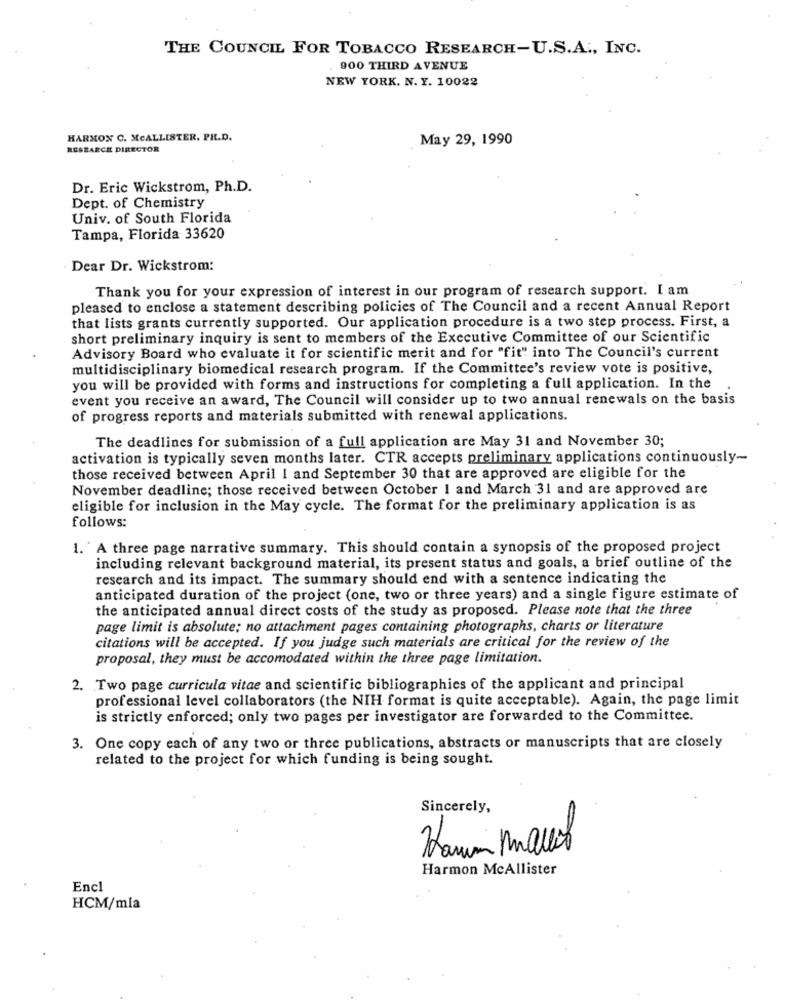
THE COUNCIL FOR TOBACCO RESEARCH-U.S.A ., INC.
. 900 THIRD AVENUE
NEW YORK. N. Y. 10022
HARMON C. MCALLISTER. PH.D.
May 29, 1990
RESEARCH DIRECTOR
Dr. Eric Wickstrom, Ph.D.
Dept. of Chemistry
Univ. of South Florida
Tampa, Florida 33620
Dear Dr. Wickstrom:
Thank you for your expression of interest in our program of research support. I am
pleased to enclose a statement describing policies of The Council and a recent Annual Report
that lists grants currently supported. Our application procedure is a two step process. First, a
short preliminary inquiry is sent to members of the Executive Committee of our Scientific
Advisory Board who evaluate it for scientific merit and for "fit" into The Council's current
multidisciplinary biomedical research program. If the Committee's review vote is positive,
you will be provided with forms and instructions for completing a full application. In the
event you receive an award, The Council will consider up to two annual renewals on the basis
of progress reports and materials submitted with renewal applications.
The deadlines for submission of a full application are May 31 and November 30;
activation is typically seven months later. CTR accepts preliminary applications continuously-
those received between April I and September 30 that are approved are eligible for the
November deadline; those received between October 1 and March 31 and are approved are
eligible for inclusion in the May cycle. The format for the preliminary application is as
follows:
1. A three page narrative summary. This should contain a synopsis of the proposed project
including relevant background material, its present status and goals, a brief outline of the
research and its impact. The summary should end with a sentence indicating the
anticipated duration of the project (one, two or three years) and a single figure estimate of
the anticipated annual direct costs of the study as proposed. Please note that the three
page limit is absolute; no attachment pages containing photographs, charts or literature
citations will be accepted. If you judge such materials are critical for the review of the
proposal, they must be accomodated within the three page limitation.
2. Two page curricula vitae and scientific bibliographies of the applicant and principal
professional level collaborators (the NIH format is quite acceptable). Again, the page limit
is strictly enforced; only two pages per investigator are forwarded to the Committee.
3. One copy each of any two or three publications, abstracts or manuscripts that are closely
related to the project for which funding is being sought.
Sincerely,
Haum Mallet
Harmon McAllister
Encl
HCM/mla